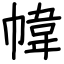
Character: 幃